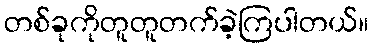
တစ်ခုကိုတူတူတက်ခဲ့ကြပါတယ်။